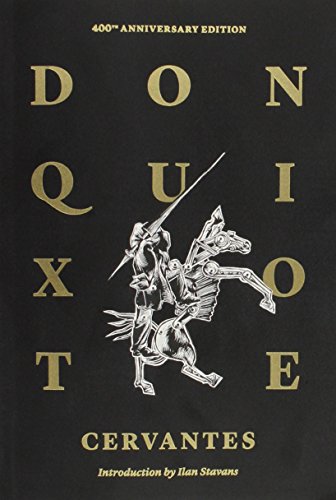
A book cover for Don Quixote of La Mancha (Restless Classics); Miguel de Cervantes; Literature & Fiction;